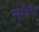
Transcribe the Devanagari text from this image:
म्यूज़ियो